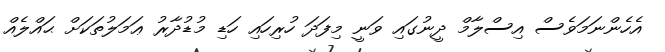
އެހެންނަމަވެސް އިސްލާމް ދީނުގައި ވަނީ މިފަދަ ހުރިހައި ހަޑި މުޑުދާރު ޢަމަލުތަކަށް ޙައްލެއް